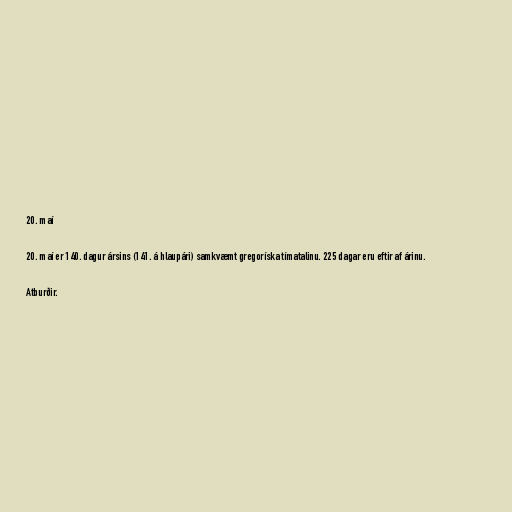
20. maí

20. maí er 140. dagur ársins (141. á hlaupári) samkvæmt gregoríska tímatalinu. 225 dagar eru eftir af árinu.

Atburðir.